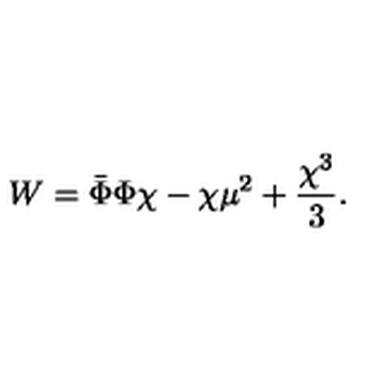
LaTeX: W = \bar { \Phi } \Phi \chi - \chi \mu ^ { 2 } + { \frac { \chi ^ { 3 } } { 3 } } .